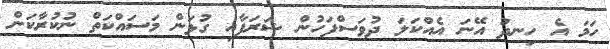
ހަމަ އެ ހިނދު އޭނަ އެއްކަލަ ދުވަސްފަހުން ޝަރަފާއި ގުޅަން މަސައްކަތް ނުކުރާކަން